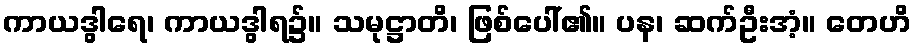
ကာယဒွါရေ၊ ကာယဒွါရ၌။ သမုဋ္ဌာတိ၊ ဖြစ်ပေါ်၏။ ပန၊ ဆက်ဦးအံ့။ တေဟိ